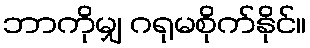
ဘာကိုမျှ ဂရုမစိုက်နိုင်။